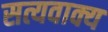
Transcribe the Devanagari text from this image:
सत्यवाक्य